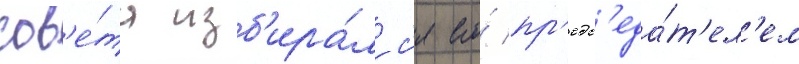
сов'е́та изб'ира́лс'я его́ пр'едс'еда́т'ел'ем